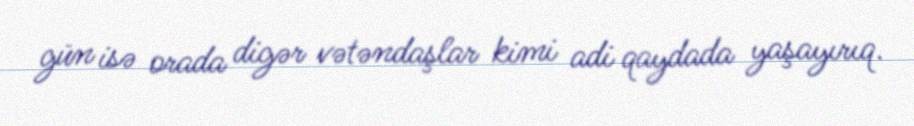
gün isə orada digər vətəndaşlar kimi adi qaydada yaşayırıq.